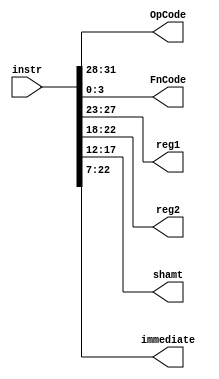
`timescale 1ns / 1ps
//////////////////////////////////////////////////////////////////////////////////
// Company: 
// Engineer: 
// 
// Design Name: 
// Module Name:    InstructionDecode 
// Project Name: 
// Target Devices: 
// Tool versions: 
// Description: 
//
// Dependencies: 
//
// Revision: 
// Revision 0.01 - File Created
// Additional Comments: 
//
//////////////////////////////////////////////////////////////////////////////////
module InstructionDecode(
	  input [31:0] instr,
	  output [3:0] OpCode,
	  output [3:0] FnCode,
	  output [4:0] reg1,
	  output [4:0] reg2,
	  output [5:0] shamt,
	  output [15:0] immediate
    );
	 
	
	assign OpCode = instr[31:28];
	assign FnCode = instr[3:0];
	assign flag = instr[27];
	assign immediate = instr[22:7];
	assign reg1 = instr[27:23];
	assign reg2 = instr[22:18];
	assign shamt = instr[17:12];
	

endmodule